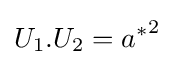
U_{1}.U_{2}={a^{*}}^{2}